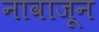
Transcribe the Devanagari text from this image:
नावाजून